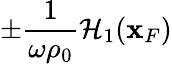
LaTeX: \pm\frac{1}{\omega\rho_{0}}{\cal H}_{1}({\mathbf x}_{F})